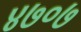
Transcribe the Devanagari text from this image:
४७०७